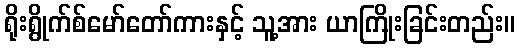
ရိုးရွိုက်စ်မော်တော်ကားနှင့် သူ့အား ယာကြိုးခြင်းတည်း။